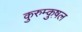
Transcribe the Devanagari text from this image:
कुरुम्कुष़ल